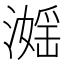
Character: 𣽮